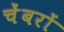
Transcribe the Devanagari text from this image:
चेंबरों